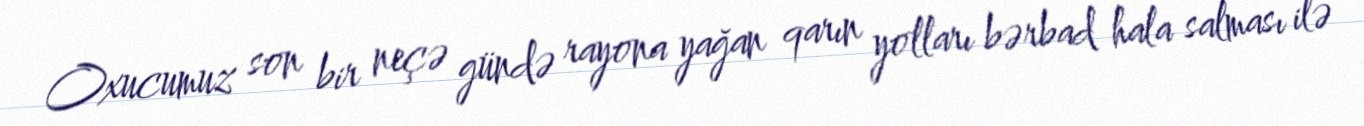
Oxucumuz son bir neçə gündə rayona yağan qarın yolları bərbad hala salması ilə